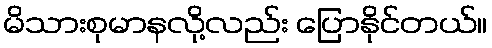
မိသားစုမာနလို့လည်း ပြောနိုင်တယ်။